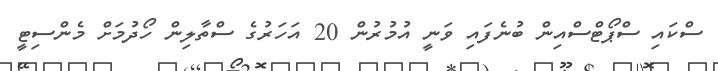
ސްކައި ސްޕޯޓްސްއިން ބުނެފައި ވަނީ އުމުރުން 20 އަހަރުގެ ސްތާލިން ހޯދުމަށް މެންސިޓީ